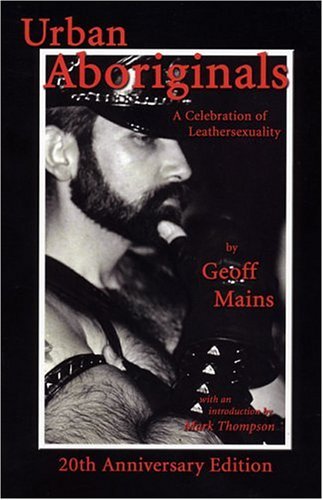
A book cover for Urban Aboriginals; Geoff Mains; Gay & Lesbian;